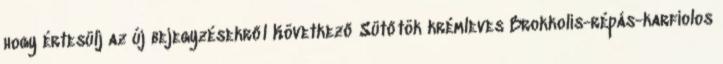
hogy értesülj az új bejegyzésekről Következő Sütőtök krémleves Brokkolis-répás-karfiolos